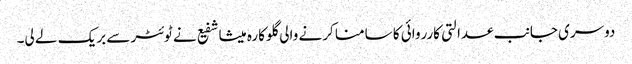
دوسری جانب عدالتی کارروائی کا سامنا کرنے والی گلوکارہ میشا شفیع نے ٹوئٹر سے بریک لے لی۔